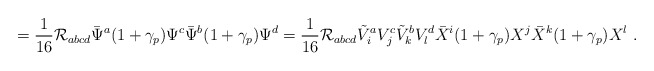
\begin{align*}=\frac 1{16} {\cal R}_{abcd} \bar\Psi^a(1+\gamma_p)\Psi^c \bar\Psi^b(1+\gamma_p)\Psi^d= \frac 1{16} {\cal R}_{abcd} \tilde V^a_i V^c_j \tilde V^b_k V^d_l \bar X^i(1+\gamma_p)X^j\bar X^k(1+\gamma_p)X^l~.\end{align*}